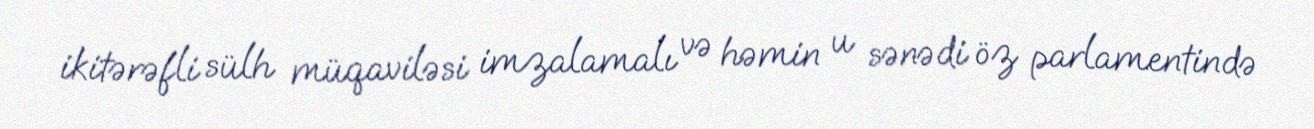
ikitərəfli sülh müqaviləsi imzalamalı və həmin u sənədi öz parlamentində